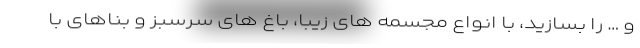
و … را بسازید، با انواع مجسمه های زیبا، باغ های سرسبز و بناهای با